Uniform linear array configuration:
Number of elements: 32
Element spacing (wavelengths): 0.75
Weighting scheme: kaiser
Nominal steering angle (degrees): -15
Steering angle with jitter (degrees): -13.533
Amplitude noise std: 0.05
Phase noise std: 0.05

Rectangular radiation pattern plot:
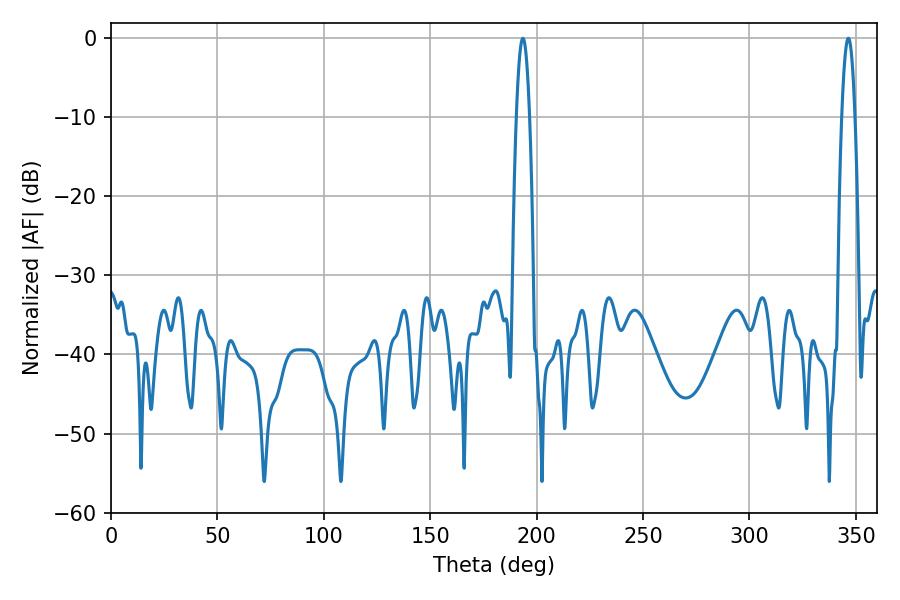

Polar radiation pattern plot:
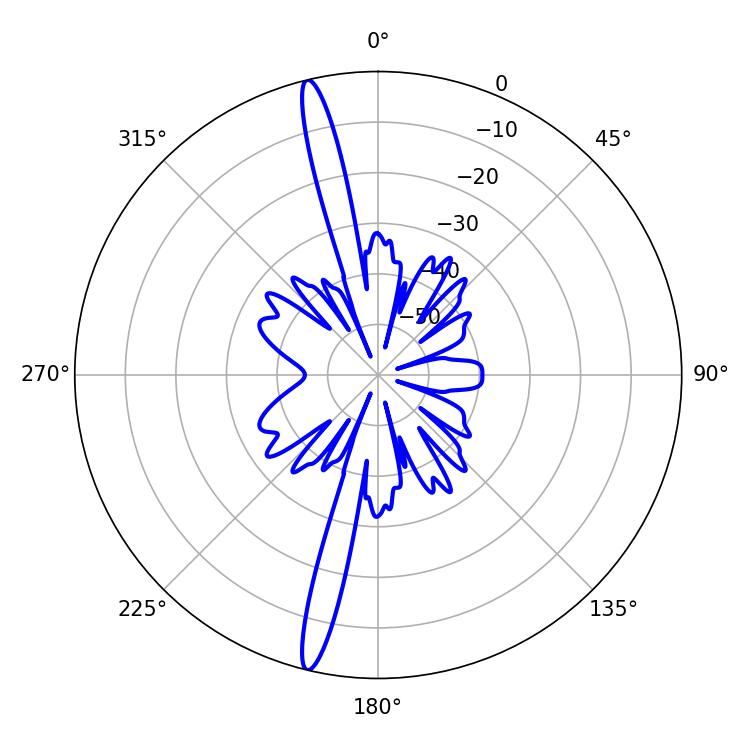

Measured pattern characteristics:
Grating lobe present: TRUE
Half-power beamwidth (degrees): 3.42
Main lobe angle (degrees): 193.5